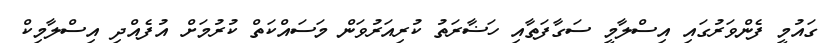
ގައުމީ ފެންވަރުގައި އިސްލާމީ ސަގާފަތާއި ހަޟާރަތު ކުރިއަރުވަން މަސައްކަތް ކުރުމަށް އުފެއްދި އިސްލާމިކް